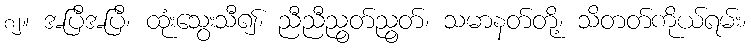
၈၂။ အပြီအပြီ၊ ထုံးသွေးသီ၍၊ ညီညီညွတ်ညွတ်၊ သမာနတ်တို့၊ သိတတ်ကိုယ်ရမ်း၊